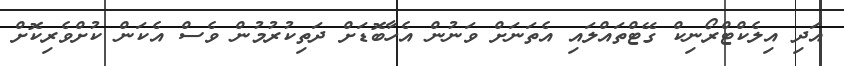
އަދި އިލެކްޓްރޯނިކް ގޭޓްތައްލައި އެތަނަށް ވަނުން އެހާބޮޑަށް ދަތިކުރުމުން ވެސް އެކަން ކުށްވެރިކޮށް